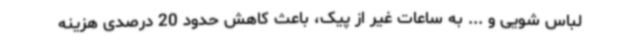
لباس شویی و ... به ساعات غیر از پیک، باعث کاهش حدود 20 درصدی هزینه